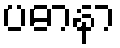
ပဓာနာ